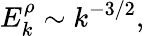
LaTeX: E_{k}^{\rho}\sim k^{-3/2},